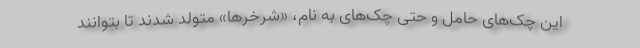
این چک‌های حامل و حتی چک‌های به نام، «شرخرها» متولد شدند تا بتوانند